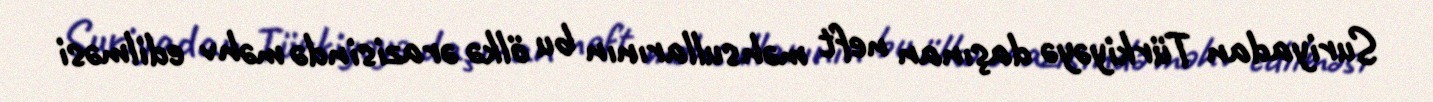
Suriyadan Türkiyəyə daşınan neft məhsullarının bu ölkə ərazisində məhv edilməsi